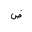
Letter: _dad